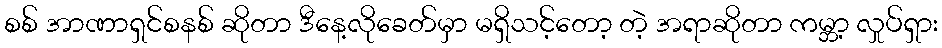
စစ် အာဏာရှင်စနစ် ဆိုတာ ဒီနေ့လိုခေတ်မှာ မရှိသင့်တော့ တဲ့ အရာဆိုတာ ကမ္ဘာ့ လှုပ်ရှား